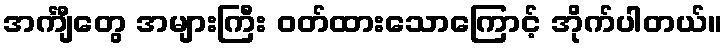
အင်္ကျီတွေ အများကြီး ဝတ်ထားသောကြောင့် အိုက်ပါတယ်။